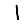
Digit: 1